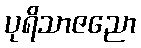
ပုရိသာဇညော